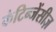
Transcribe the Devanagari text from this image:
कंटिन्जेंसीज़